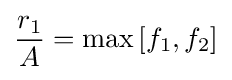
{\frac {r_{1}}{A}}=\max {[f_{1},f_{2}]}